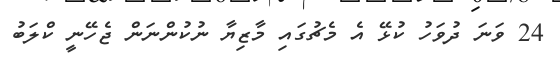
24 ވަނަ ދުވަހު ކުޅޭ އެ މެޗުގައި މާޒިޔާ ނުކުންނަން ޖެހޭނީ ކްލަބު